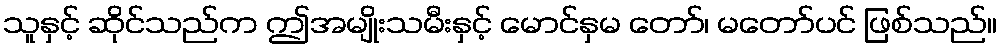
သူနှင့် ဆိုင်သည်က ဤအမျိုးသမီးနှင့် မောင်နှမ တော်၊ မတော်ပင် ဖြစ်သည်။